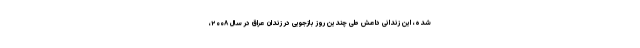
شده، این زندانی داعش طی چندین روز بازجویی در زندان عراق در سال ۲۰۰۸،